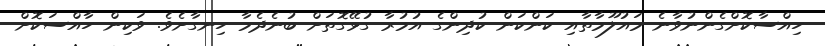
ހިއްސާކޮށްގެންނުވާނެ މައުލޫމާތާއި ކަންކަން ކުދިންގެ އުމުރާ ގުޅޭގޮތަށް ބުނެދެމާ ހިނގާށެވެ. ވަކިން ހާއްސަކޮށް